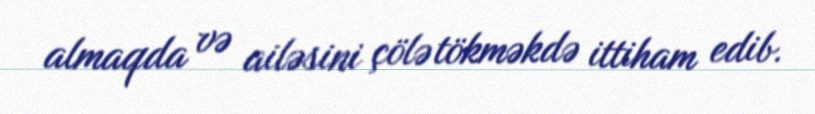
almaqda və ailəsini çölə tökməkdə ittiham edib.